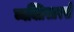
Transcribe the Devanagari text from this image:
व्यक्तिसारखे